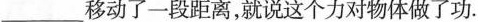
___移动了一段距离，就说这个力对物体做了功。